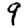
Digit: 9